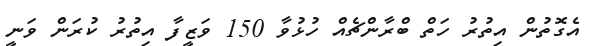
އެގޮތުން އިތުރު ހަތް ބްރާންޗެއް ހުޅުވާ 150 ވަޒީފާ އިތުރު ކުރަން ވަނީ